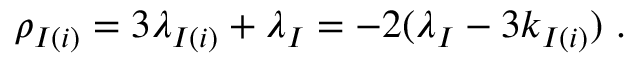
\rho _ { I ( i ) } = 3 \lambda _ { I ( i ) } + \lambda _ { I } = - 2 ( \lambda _ { I } - 3 k _ { I ( i ) } ) ~ .